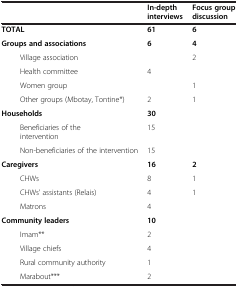
<table><thead><tr><td><b> </b></td><td><b>In-depth interviews</b></td><td><b>Focus group discussion</b></td></tr></thead><tbody><tr><td><b>TOTAL</b></td><td><b>61</b></td><td><b>6</b></td></tr><tr><td><b>Groups and associations</b></td><td><b>6</b></td><td><b>4</b></td></tr><tr><td>Village association</td><td> </td><td>2</td></tr><tr><td>Health committee</td><td>4</td><td> </td></tr><tr><td>Women group</td><td> </td><td>1</td></tr><tr><td>Other groups (Mbotay, Tontine*)</td><td>2</td><td>1</td></tr><tr><td><b>Households</b></td><td><b>30</b></td><td> </td></tr><tr><td>Beneficiaries of the intervention</td><td>15</td><td> </td></tr><tr><td>Non-beneficiaries of the intervention</td><td>15</td><td> </td></tr><tr><td><b>Caregivers</b></td><td><b>16</b></td><td><b>2</b></td></tr><tr><td>CHWs</td><td>8</td><td>1</td></tr><tr><td>CHWs’ assistants (Relais)</td><td>4</td><td>1</td></tr><tr><td>Matrons</td><td>4</td><td> </td></tr><tr><td><b>Community leaders</b></td><td><b>10</b></td><td> </td></tr><tr><td>Imam**</td><td>2</td><td> </td></tr><tr><td>Village chiefs</td><td>4</td><td> </td></tr><tr><td>Rural community authority</td><td>1</td><td> </td></tr><tr><td>Marabout***</td><td>2</td><td> </td></tr></tbody></table>